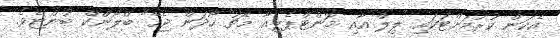
އެކަން ކުރުމަށްޓަކައި ލިލް އާއި މޮންޓްޕެލިއާ މެޗު ހޯދަން ޖެހޭ" ބްލޯންކް ބުންޏެވެ.